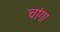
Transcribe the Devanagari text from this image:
चांग।